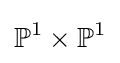
\mathbb {P} ^{1}\times \mathbb {P} ^{1}